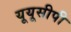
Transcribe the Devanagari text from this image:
यूयूसीपी